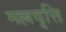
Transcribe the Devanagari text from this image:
मल्लवृत्ति